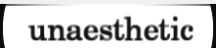
unaesthetic